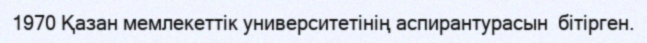
1970 Қазан мемлекеттік университетінің аспирантурасын  бітірген.